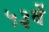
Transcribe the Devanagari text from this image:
५३वें